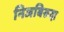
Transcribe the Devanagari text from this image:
निजबिरुदा